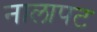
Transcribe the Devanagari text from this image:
नालापट